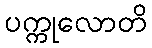
ပက္ကုလောတိ